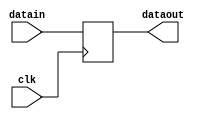
/*************************************************************
Design Name 	: 
File Name   	: .v
Function    	: 
Coder		    	: 
Last Modified	: 
*************************************************************/

module aluout(datain,dataout,clk);
	input [15:0] datain;
	input clk;
	output [15:0] dataout;

	reg [15:0] dataout;

	always @ (posedge clk)
	begin
		dataout=datain;
		$display($time,"	At this posedge of clock register alu_rslt is %hh",dataout);
	end
	
endmodule